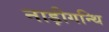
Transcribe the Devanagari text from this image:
नाड़ीगन्थि